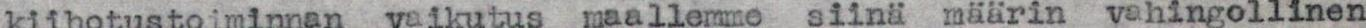
kiihotustoiminnan vaikutus maallemme siinä määrin vahingollinen